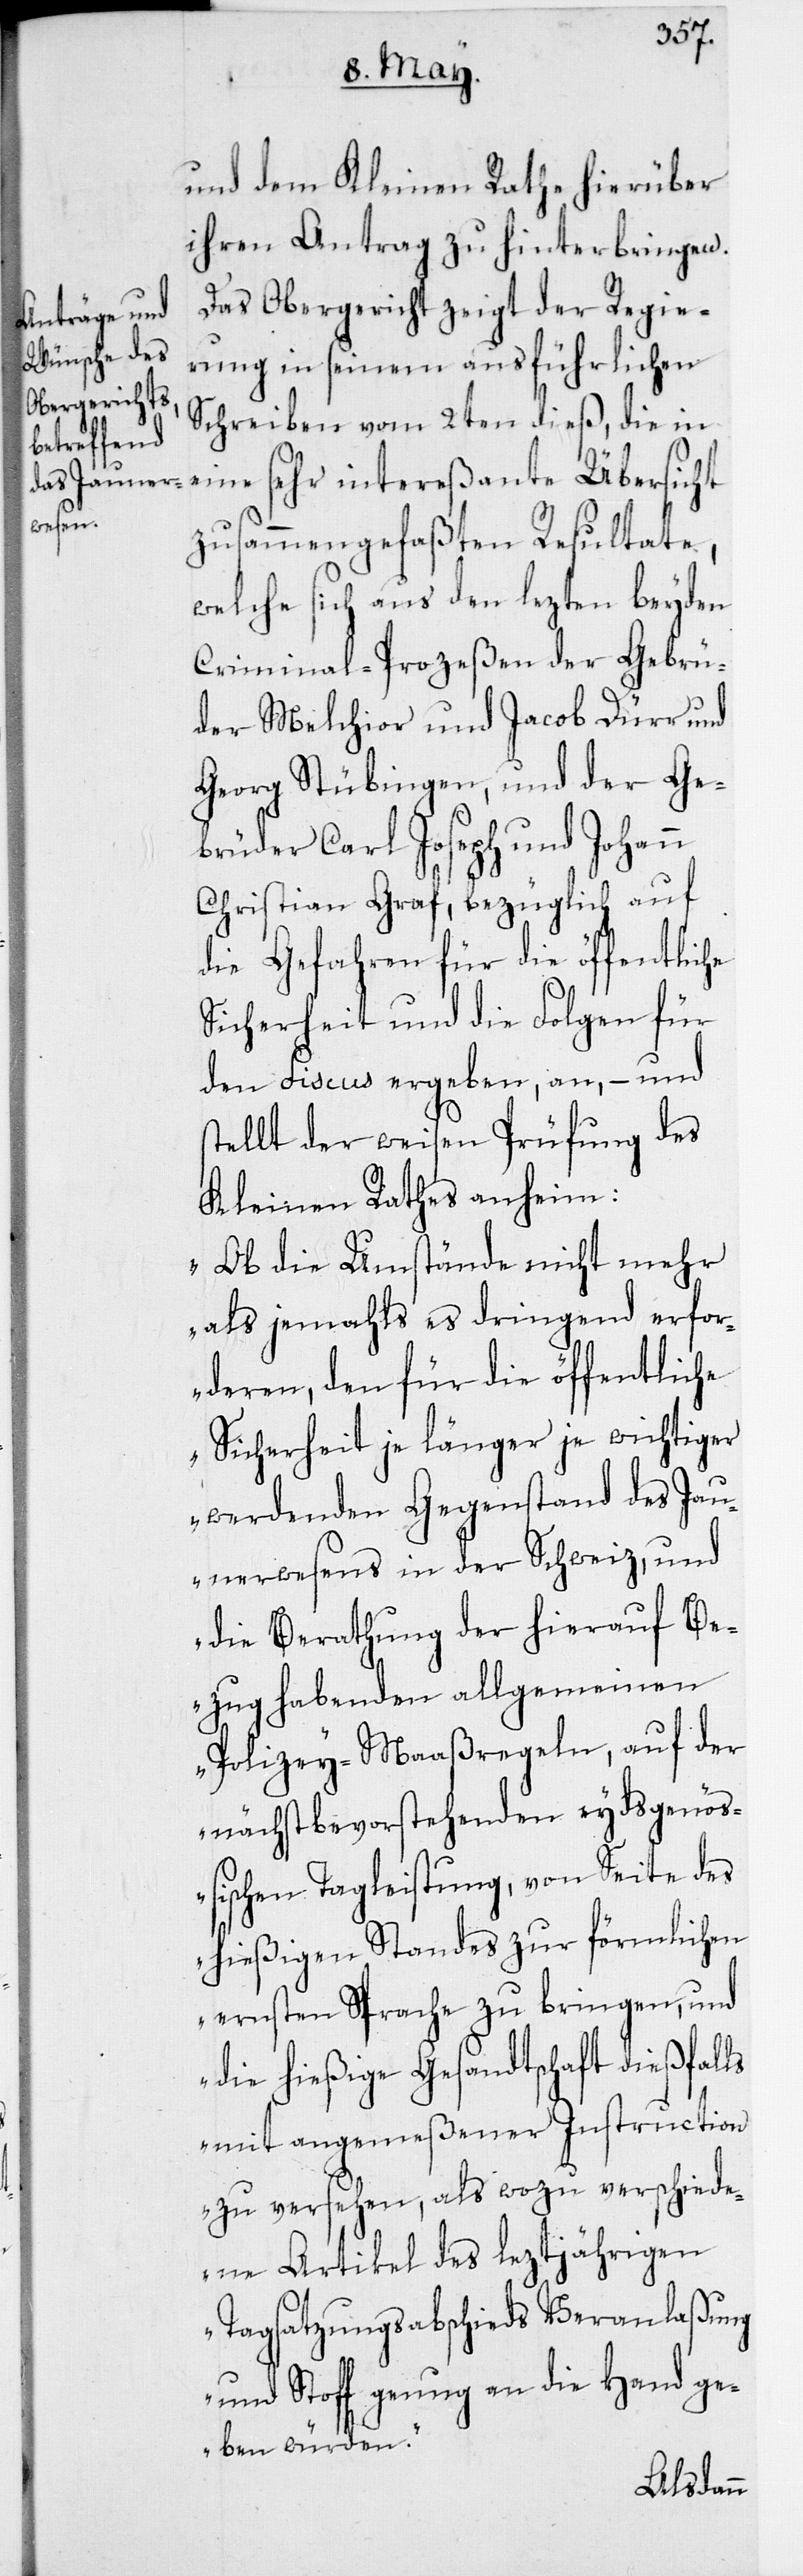
und dem Kleinen Rathe hierüber
ihren Antrag zu hinterbringen.
Das Obergericht zeigt der Regie¬
rung in seinem ausführlichen
Schreiben vom 2ten dieß, die in
eine sehr intereßante Übersicht
zusammen gefaßten Resultate,
welche sich aus den lezten beyden
Criminal-Prozeßen der Gebrü¬
der Melchior und Jacob Dürr und
Georg Stübingen, und der Ge¬
brüder Carl Joseph und Johann
Christian Graf, bezüglich auf
die Gefahren für die öffentliche
Sicherheit und die Folgen für
den Fiscus ergeben, an, – und
stellt der weisen Prüfung des
Kleinen Rathes anheim:
„Ob die Umstände nicht mehr
als jemahls es dringend erfo¬
rderen, den für die öffentliche
Sicherheit je länger je wichtiger
werdenden Gegenstand des Jau¬
nerwesens in der Schweiz, und
die Berathung der hierauf Be¬
zug habenden allgemeinen
Polizey-Maaßregeln, auf der
nächst bevorstehenden eydsgenö¬
ßischen Tagleistung, von Seite des
hießigen Standes zur förmlichen
ernsten Sprache zu bringen, und
die hießige Gesandtschaft dießfalls
mit angemeßener Instruction
zu versehen, als wozu verschiede¬
ne Artikel des leztjährigen
Tagsatzungsabschieds Veranlaßung
und Stoff genug an die Hand ge¬
ben würden.“